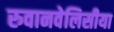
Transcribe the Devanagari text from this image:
रुवानवेलिसीया